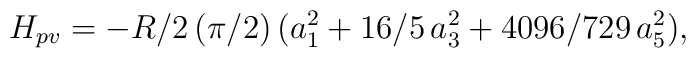
H_{pv}=-R/2\,(\pi/2) \,(a_1^2 +16/5\,a_3^2+4096/729\,a_5^2),